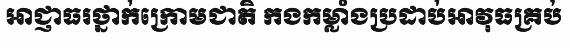
អាជ្ញាធរថ្នាក់ក្រោមជាតិ កងកម្លាំងប្រដាប់អាវុធគ្រប់